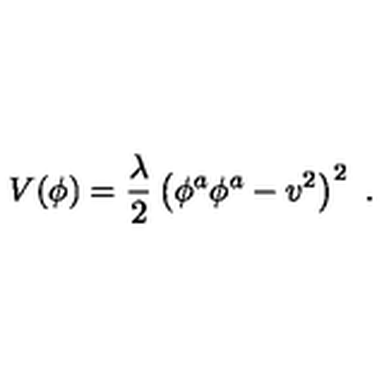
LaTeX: V ( \phi ) = { \frac { \lambda } { 2 } } \left( \phi ^ { a } \phi ^ { a } - v ^ { 2 } \right) ^ { 2 } \ .